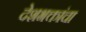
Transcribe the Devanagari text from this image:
देशभक्तांचा